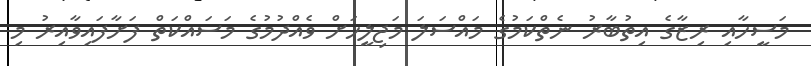
މަސީހާއި ރިޒާގެ އިތުބާރު ނެތްކަމުގެ މައްސަލަ މަޖިލީހަށް ވެއްދުމުގެ މަސައްކަތް ފަށާފައިވާއިރު މި